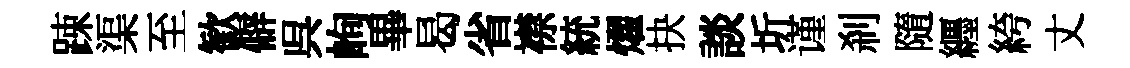
踈渠至歓僻呉峋畢曷省襟統燿抉談圻谨刹隨纒絝丈